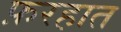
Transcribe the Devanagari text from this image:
फ़रहात